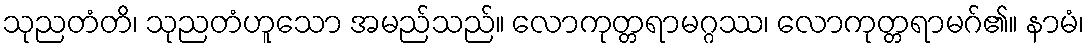
သုညတံတိ၊ သုညတံဟူသော အမည်သည်။ လောကုတ္တရာမဂ္ဂဿ၊ လောကုတ္တရာမဂ်၏။ နာမံ၊